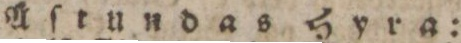
Åſtundas Hyra: